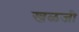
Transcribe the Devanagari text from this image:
खळजी